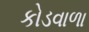
કોડવાળા